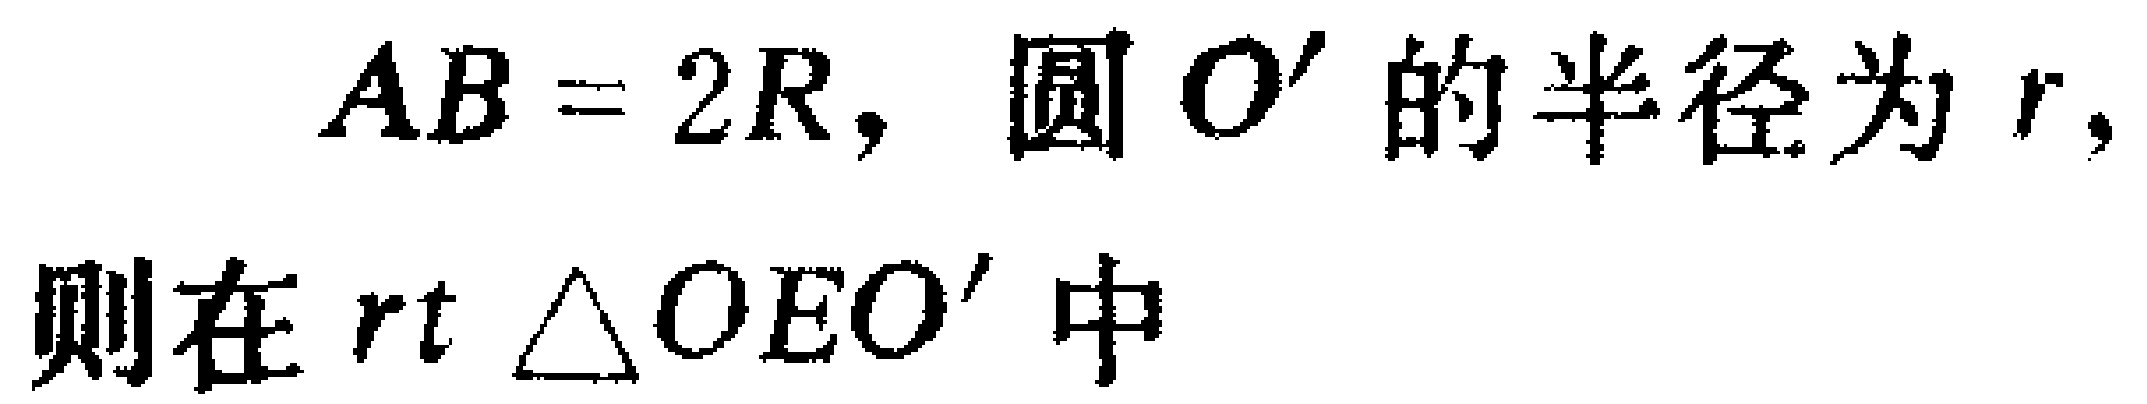
$AB = 2R$，圆$O'$的半径为$r$，
则在$rt\ \triangle OEO'$中